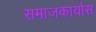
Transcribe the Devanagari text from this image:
समाजकार्यास